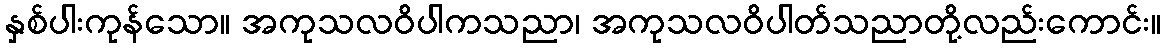
နှစ်ပါးကုန်သော။ အကုသလဝိပါကသညာ၊ အကုသလဝိပါတ်သညာတို့လည်းကောင်း။